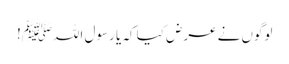
لوگوں نے عرض کیا کہ یا رسول اللہﷺ!